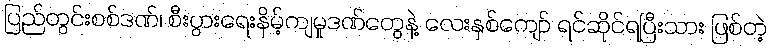
ပြည်တွင်းစစ်ဒဏ်၊ စီးပွားရေးနိမ့်ကျမှုဒဏ်တွေနဲ့ လေးနှစ်ကျော် ရင်ဆိုင်ရပြီးသား ဖြစ်တဲ့